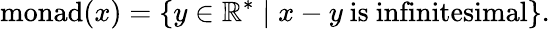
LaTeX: {\mathrm{monad}}(x)=\{ y\in\mathbb{R}^{*}\mid x-y{\mathrm{~is~infinitesimal}}\} .